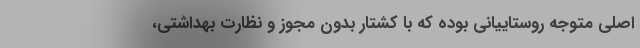
اصلی متوجه روستاییانی بوده که با کشتار بدون مجوز و نظارت بهداشتی،